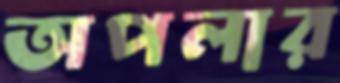
অপলার